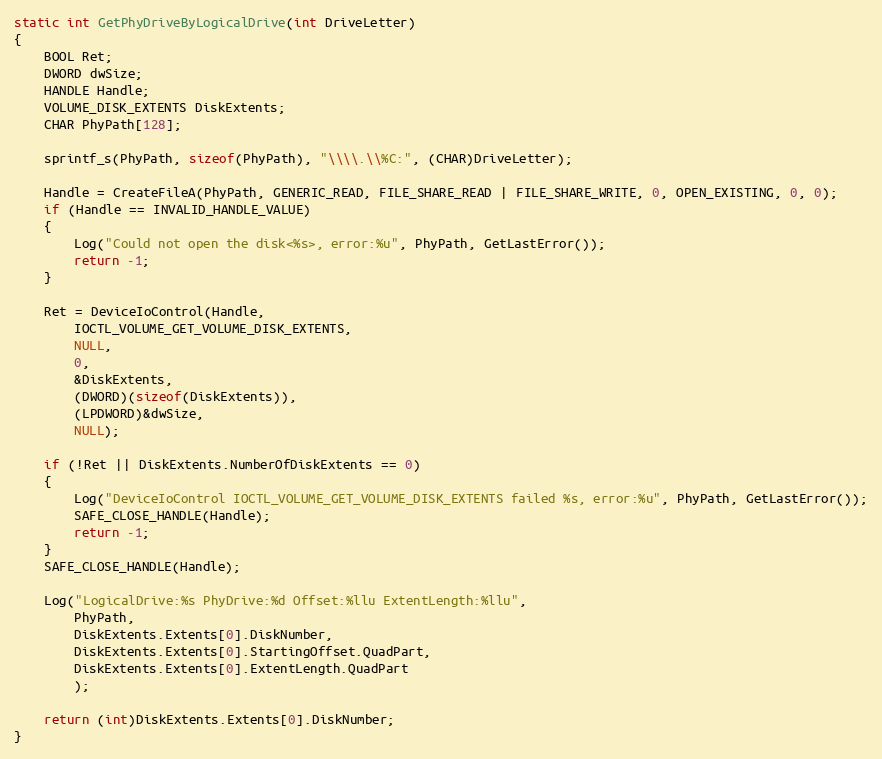
Language: C
static int GetPhyDriveByLogicalDrive(int DriveLetter)
{
    BOOL Ret;
    DWORD dwSize;
    HANDLE Handle;
    VOLUME_DISK_EXTENTS DiskExtents;
    CHAR PhyPath[128];

    sprintf_s(PhyPath, sizeof(PhyPath), "\\\\.\\%C:", (CHAR)DriveLetter);

    Handle = CreateFileA(PhyPath, GENERIC_READ, FILE_SHARE_READ | FILE_SHARE_WRITE, 0, OPEN_EXISTING, 0, 0);
    if (Handle == INVALID_HANDLE_VALUE)
    {
        Log("Could not open the disk<%s>, error:%u", PhyPath, GetLastError());
        return -1;
    }

    Ret = DeviceIoControl(Handle,
        IOCTL_VOLUME_GET_VOLUME_DISK_EXTENTS,
        NULL,
        0,
        &DiskExtents,
        (DWORD)(sizeof(DiskExtents)),
        (LPDWORD)&dwSize,
        NULL);

    if (!Ret || DiskExtents.NumberOfDiskExtents == 0)
    {
        Log("DeviceIoControl IOCTL_VOLUME_GET_VOLUME_DISK_EXTENTS failed %s, error:%u", PhyPath, GetLastError());
        SAFE_CLOSE_HANDLE(Handle);
        return -1;
    }
    SAFE_CLOSE_HANDLE(Handle);

    Log("LogicalDrive:%s PhyDrive:%d Offset:%llu ExtentLength:%llu",
        PhyPath,
        DiskExtents.Extents[0].DiskNumber,
        DiskExtents.Extents[0].StartingOffset.QuadPart,
        DiskExtents.Extents[0].ExtentLength.QuadPart
        );

    return (int)DiskExtents.Extents[0].DiskNumber;
}